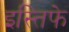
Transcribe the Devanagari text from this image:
इस्तिफे